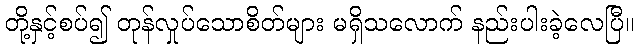
တို့နှင့်စပ်၍ တုန်လှုပ်သောစိတ်များ မရှိသလောက် နည်းပါးခဲ့လေပြီ။